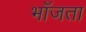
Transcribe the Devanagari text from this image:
भाँजता